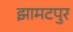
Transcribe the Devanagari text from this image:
झामटपुर